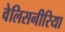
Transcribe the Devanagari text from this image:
वेलिसनीरिया